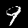
Label: 9